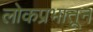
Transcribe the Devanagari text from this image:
लोकप्रभातून